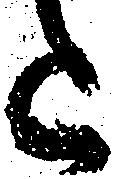
上